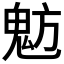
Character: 𩲠